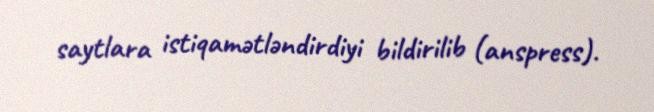
saytlara istiqamətləndirdiyi bildirilib (anspress).